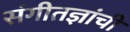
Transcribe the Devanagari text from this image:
संगीतज्ञांची